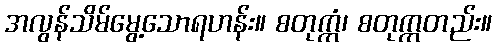
အလွန်သိမ်မွေ့သောရဟန်း။ စတုက္ကံ၊ စတုက္ကတည်း။